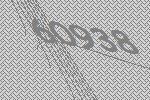
60938